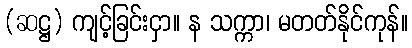
(ဆဋ္ဌ) ကျင့်ခြင်းငှာ။ န သက္ကာ၊ မတတ်နိုင်ကုန်။